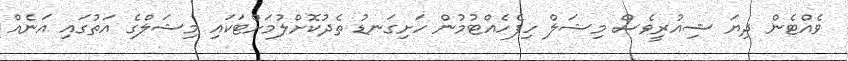
ވެއްޓެން ދިޔަ ޝިއުރީވެސް މިޝަލް ހިފެހެއްޓުމުން ހަށިގަނޑު ތެދުކޮށްލުމަށްޓަކައި މިޝަލްގެ އަތުގައި އަނެއް